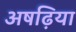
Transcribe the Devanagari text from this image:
अषढ़िया